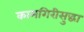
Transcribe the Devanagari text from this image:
कामगिरीसुद्धा